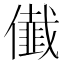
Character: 𭀁